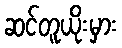
ဆင်တူယိုးမှား